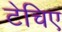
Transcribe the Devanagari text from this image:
टेचिए